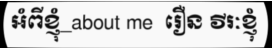
អំពីខ្ញុំ_about me  រឿន វីរៈខ្ញុំ